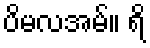
ပိမလအမ်။ ရိ